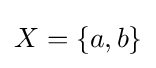
X=\left\{a,b\right\}\,\!